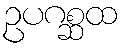
ဥပဂစ္ဆထ